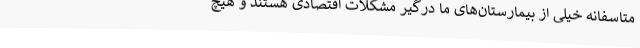
متاسفانه خیلی از بیمارستان‌های ما درگیر مشکلات اقتصادی هستند و هیچ